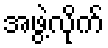
အဖွဲ့လိုက်